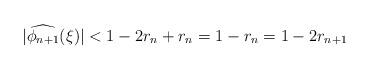
LaTeX: \begin{align*} |\widehat{\phi_{n+1}}(\xi)|< 1-2r_n+r_n=1-r_n=1-2r_{n+1}\end{align*}